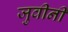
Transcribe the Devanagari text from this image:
जुवीनी